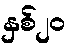
နှစ်၂၀